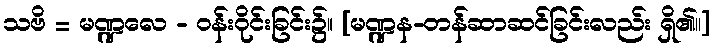
သဗိ = မဏ္ဍလေ - ဝန်းဝိုင်းခြင်း၌။ [မဏ္ဍန-တန်ဆာဆင်ခြင်းလည်း ရှိ၏၊၊]